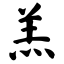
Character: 羔